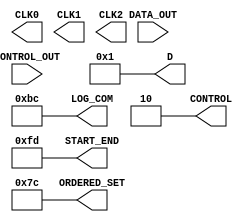
//--Creado por Jorge Munoz Taylor
//--Circuitos digitales 2
//--I-2018

module prueba_phy (
    output  reg          CLK0,
    output  reg          CLK1,
    output  reg          CLK2,

    output  reg [7:0]    D,
    output  reg [7:0]    START_END,
    output  reg [7:0]    ORDERED_SET,
    output  reg [7:0]    LOG_COM,

    output  reg [1:0]    CONTROL,
    input       [7:0]    DATA_OUT,
    input       [7:0]    CONTROL_OUT
);
    parameter [7:0] STP = 8'hfb,//Start and End Characters
                    SDP = 8'h5c,//Start and End Characters
                    END = 8'hfd,//Start and End Characters
                    EDB = 8'hfe,//Start and End Characters

                    SKP = 8'h1c,//Ordered-Sets
                    IDL = 8'h7c,//Ordered-Sets
                    FTS = 8'h3c,//Ordered-Sets

                    COM = 8'hbc;//COM

    initial CLK0 = 0;
    initial CLK1 = 0;
    initial CLK2 = 0;

    always #500  CLK0 = !CLK0;
    always #2000 CLK1 = !CLK1;
    always #250  CLK2 = !CLK2;

    initial begin
             D = 8'b00000001;
        #500 
        #500 D = 8'b00000010;
        #500 

        #500 D = 8'b00010000;
        #500
        #500 D = 8'b00100000;
        #500 D = 8'b01000000;
        #500 

        #500 
        #500 D = 8'b00000001;

    end

    initial begin
             START_END = STP;
        #500;
        #500;
        #500 START_END = END;

        #500 START_END = SDP;
        #500;
        #500;
        #500;

        #500;
        #500;
        #500;
        #500 START_END      = END;
        
        #500 LOG_COM        = COM;
        #500 LOG_COM        = COM;
        #500 LOG_COM        = COM;
        #500 LOG_COM        = COM;

        #500 ORDERED_SET    = SKP;
        #500;
        #500;
        #500;

        #500 LOG_COM        = COM;
        #500 LOG_COM        = COM;
        #500 LOG_COM        = COM;
        #500 LOG_COM        = COM;

        #500 ORDERED_SET    = IDL;
        #500;
        #500;
        #500;
    
        #500;
        #500;
        #500;
        #500;

        #500;
        #500;
        #500;
        #500;
    end

    initial begin
        ORDERED_SET = IDL;
    end

    initial begin
        LOG_COM = COM;
    end

    initial begin
             CONTROL = 2'b01;    
        #500 CONTROL = 2'b00;
        #500 CONTROL = 2'b00;
        #500 CONTROL = 2'b01
        ;
        #500 CONTROL = 2'b01;
        #500 CONTROL = 2'b00;
        #500 CONTROL = 2'b00;
        #500 CONTROL = 2'b00;

        #500 CONTROL = 2'b00;
        #500 CONTROL = 2'b00;
        #500 CONTROL = 2'b00;
        #500 CONTROL = 2'b01;

        #500 CONTROL = 2'b11;
        #500;
        #500;
        #500;

        #500 CONTROL = 2'b10;
        #500 CONTROL = 2'b10;
        #500 CONTROL = 2'b10;
        #500;

        #500 CONTROL = 2'b11;
        #500;
        #500;
        #500;

        #500 CONTROL = 2'b10;
        #500 CONTROL = 2'b10;
        #500 CONTROL = 2'b10;
        #500;

        #500;
        #500;
        #500;
        #500;

        #500;
        #500;
        #500;
        #500;

    end

    `ifdef PHY_V
        initial begin
        $dumpfile("PCIE.vcd");
        $dumpvars;
        #20000 $finish;
        end
    `endif

    `ifdef SYNTH_V
        initial begin
        $dumpfile("PCIE_sintetizado.vcd");
        $dumpvars;
        #20000 $finish;
        end
    `endif
    
endmodule